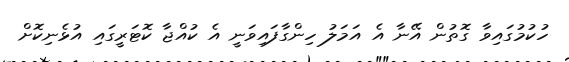
ހުކުމުގައިވާ ގޮތުން އޭނާ އެ އަމަލު ހިންގާފައިވަނީ އެ ކުއްޖާ ކޮޓަރީގައި އުޅެނިކޮށް